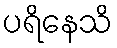
ပရိနေသိ